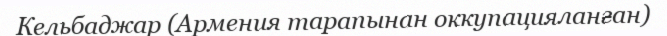
Кельбаджар (Армения тарапынан оккупацияланған)